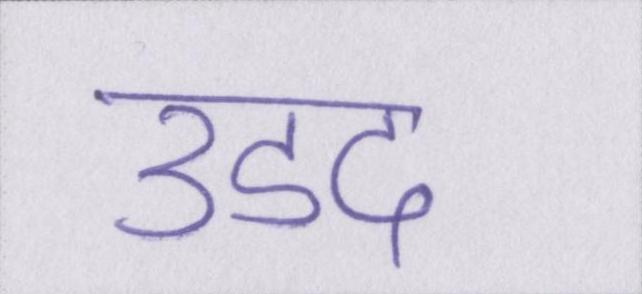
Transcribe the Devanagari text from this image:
उडद